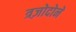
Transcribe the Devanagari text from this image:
त्रज़ोदोने